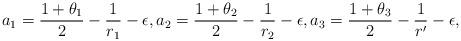
LaTeX: \begin{align*}a_1=\frac{1+\theta_1}{2}-\frac{1}{r_1}-\epsilon, a_2=\frac{1+\theta_2}{2}-\frac{1}{r_2}- \epsilon, a_3=\frac{1+\theta_3}{2}-\frac{1}{r'}-\epsilon,\end{align*}